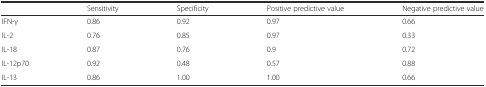
<table><thead><tr><td></td><td><b>Sensitivity</b></td><td><b>Specificity</b></td><td><b>Positive predictive value</b></td><td><b>Negative predictive value</b></td></tr></thead><tbody><tr><td>IFN-γ</td><td>0.86</td><td>0.92</td><td>0.97</td><td>0.66</td></tr><tr><td>IL-2</td><td>0.76</td><td>0.85</td><td>0.97</td><td>0.33</td></tr><tr><td>IL-18</td><td>0.87</td><td>0.76</td><td>0.9</td><td>0.72</td></tr><tr><td>IL-12p70</td><td>0.92</td><td>0.48</td><td>0.57</td><td>0.88</td></tr><tr><td>IL-13</td><td>0.86</td><td>1.00</td><td>1.00</td><td>0.66</td></tr></tbody></table>